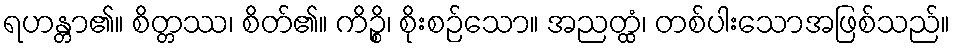
ရဟန္တာ၏။ စိတ္တဿ၊ စိတ်၏။ ကိဉ္စိ၊ စိုးစဉ်သော။ အညတ္ထံ၊ တစ်ပါးသောအဖြစ်သည်။